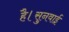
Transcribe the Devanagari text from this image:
है।सुनवाई